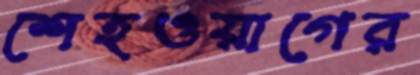
শেহওয়াগের